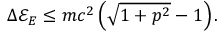
\Delta \mathcal { E } _ { E } \leq m c ^ { 2 } \left( \sqrt { 1 + p ^ { 2 } } - 1 \right) .